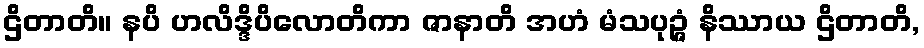
ဌိတာတိ။ နပိ ဟလိဒ္ဒိပိလောတိကာ ဇာနာတိ အဟံ မံသပုဉ္ဇံ နိဿာယ ဌိတာတိ,